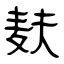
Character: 麸